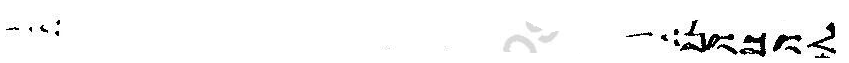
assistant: לוכון ולקו